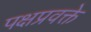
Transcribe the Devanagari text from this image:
पक्षप्रवक्ते